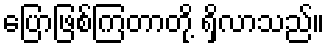
ပြောဖြစ်ကြတာတို့ ရှိလာသည်။